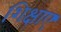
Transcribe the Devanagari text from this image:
शिक्षाए